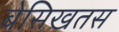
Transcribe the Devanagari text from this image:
बेसिखतस